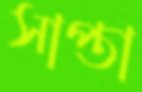
সাপ্তা